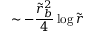
\sim - \frac { \tilde { r } _ { b } ^ { 2 } } { 4 } \log \tilde { r }